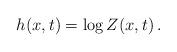
LaTeX: \begin{align*}h(x,t) = \log Z(x,t) \,.\end{align*}